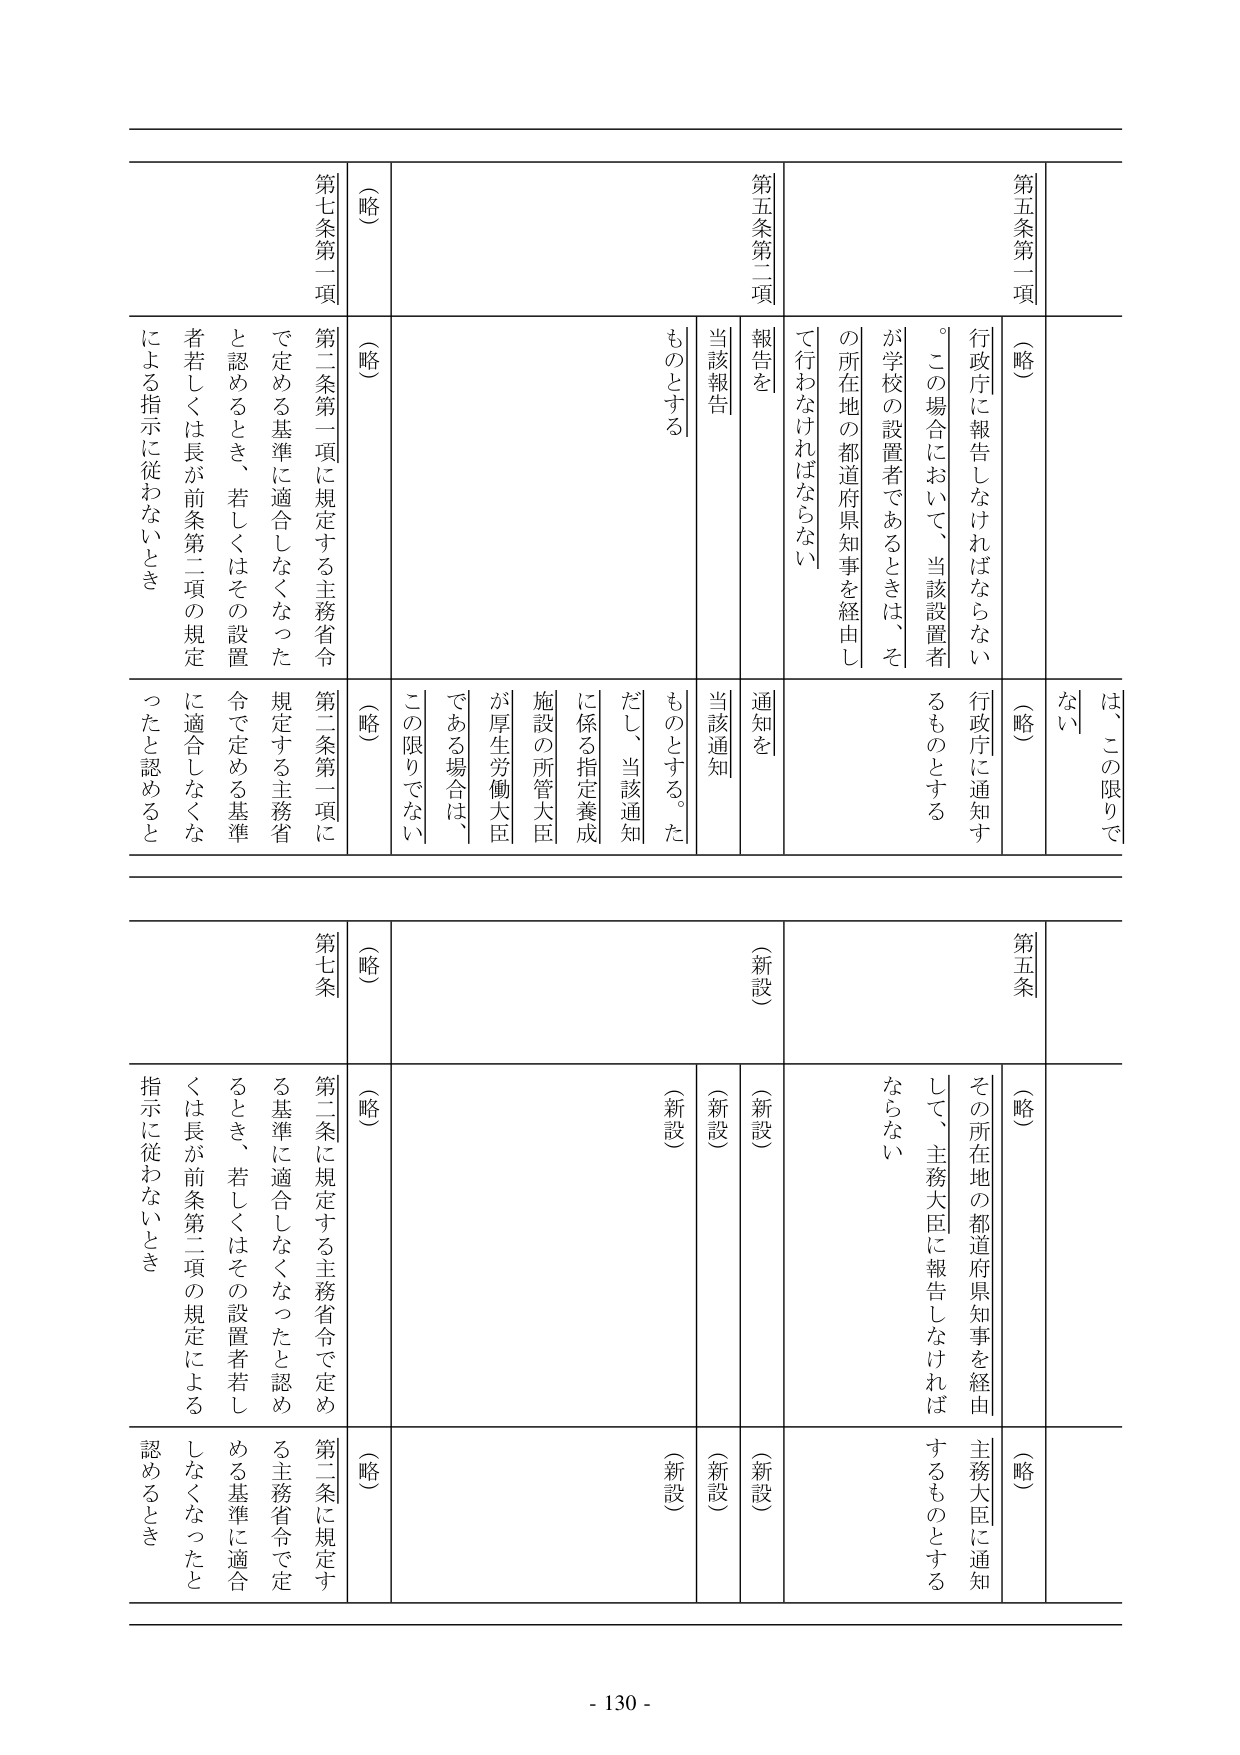
第五条第一項
（略）
行政庁に報告しなければならない。この場合において、当該設置者が学校の設置者であるときは、その所在地の都道府県知事を経由して行わなければならない。

第五条第二項
報告を
当該報告
ものとする

（略）
通知を
当該通知
ものとする。ただし、当該通知に係る指定養成施設の所管大臣が厚生労働大臣である場合は、この限りでない。

第七条第一項
（略）
第二条第一項に規定する主務省令で定める基準に適合しなくなったと認めるとき、若しくはその設置者若しくは長が前条第二項の規定による指示に従わないとき

第五条
（略）
その所在地の都道府県知事を経由して、主務大臣に報告しなければならない。

（新設）
（新設）
（新設）
（新設）
（新設）
（新設）
（新設）
（新設）

第七条
（略）
第二条に規定する主務省令で定める基準に適合しなくなったと認めるとき、若しくはその設置者若しくは長が前条第二項の規定による指示に従わないとき

（略）
（略）
（略）
（略）
（略）
（略）
（略）
（略）

- 130 -